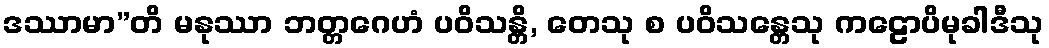
ဒဿာမာ”တိ မနုဿာ ဘတ္တဂေဟံ ပဝိသန္တိ, တေသု စ ပဝိသန္တေသု ကဠောပိမုခါဒီသု